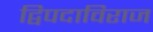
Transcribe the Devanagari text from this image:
द्विपदाविराज